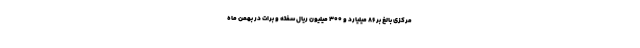
مرکزی بالغ بر ۸۶ میلیارد و ۳۰۰ میلیون ریال سفته و برات در بهمن ماه